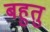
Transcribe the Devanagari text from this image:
बहुतु